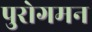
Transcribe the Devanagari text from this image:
पुरोगमन